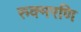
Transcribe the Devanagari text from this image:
रुक्मरणि